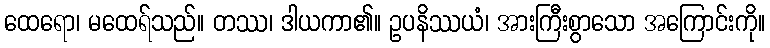
ထေရော၊ မထေရ်သည်။ တဿ၊ ဒါယကာ၏။ ဥပနိဿယံ၊ အားကြီးစွာသော အကြောင်းကို။